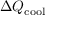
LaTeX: \Delta Q _ { \mathrm { c o o l } }